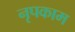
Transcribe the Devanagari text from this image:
नृपकाम